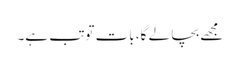
مجھے بچا لے گا، بات توتب ہے۔